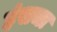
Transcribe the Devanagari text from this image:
हंसचा